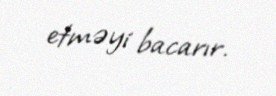
etməyi bacarır.